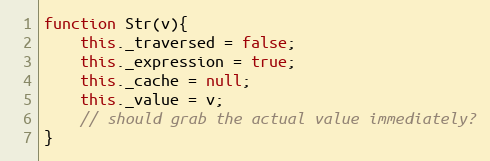
Language: JavaScript
function Str(v){
	this._traversed = false;
	this._expression = true;
	this._cache = null;
	this._value = v;
	// should grab the actual value immediately?
}